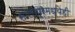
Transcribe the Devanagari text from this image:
सोलापूरमध्येही